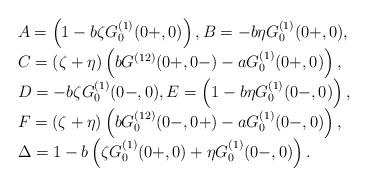
LaTeX: \begin{align*}\begin{array}{l}A=\left(1-b\zeta G_0^{(1)}(0+,0)\right),B=-b\eta G_0^{(1)}(0+,0),\\C=(\zeta+\eta)\left(bG^{(12)}(0+,0-)-a G_0^{(1)}(0+,0)\right),\\D=-b\zeta G_0^{(1)}(0-,0),E=\left(1-b\eta G_0^{(1)}(0-,0)\right),\\F=(\zeta+\eta)\left(bG_0^{(12)}(0-,0+)-a G_0^{(1)}(0-,0)\right),\\\Delta=1-b\left(\zeta G_0^{(1)}(0+,0)+\eta G_0^{(1)}(0-,0)\right).\end{array}\end{align*}